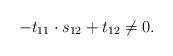
LaTeX: \begin{align*}-t_{11}\cdot s_{12}+t_{12}\not=0.\end{align*}